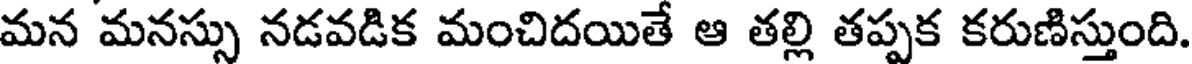
మన మనస్సు నడవడిక మంచిదయితే ఆ తల్లి తప్పక కరుణిస్తుంది